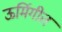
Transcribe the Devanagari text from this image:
ऊर्मिगीत